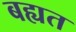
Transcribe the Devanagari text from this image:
बह्यत